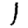
Digit: 1